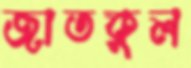
জাতকুল